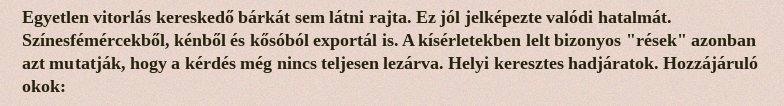
Egyetlen vitorlás kereskedő bárkát sem látni rajta. Ez jól jelképezte valódi hatalmát. Színesfémércekből, kénből és kősóból exportál is. A kísérletekben lelt bizonyos "rések" azonban azt mutatják, hogy a kérdés még nincs teljesen lezárva. Helyi keresztes hadjáratok. Hozzájáruló okok: